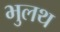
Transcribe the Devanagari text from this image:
भुलथ